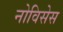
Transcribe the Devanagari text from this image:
नोविसेस